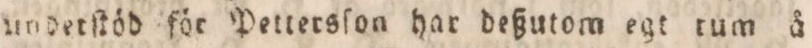
utiderſtöd för Pettersſon har deßutom egt tum å